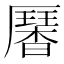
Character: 𠫁